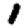
Digit: 1